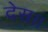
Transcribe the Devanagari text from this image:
देस।।